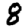
Digit: 8